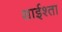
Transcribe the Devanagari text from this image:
शाईश्ता